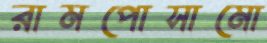
রামপোসামো